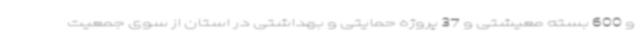
و 600 بسته معیشتی و 37 پروژه حمایتی و بهداشتی در استان از سوی جمعیت